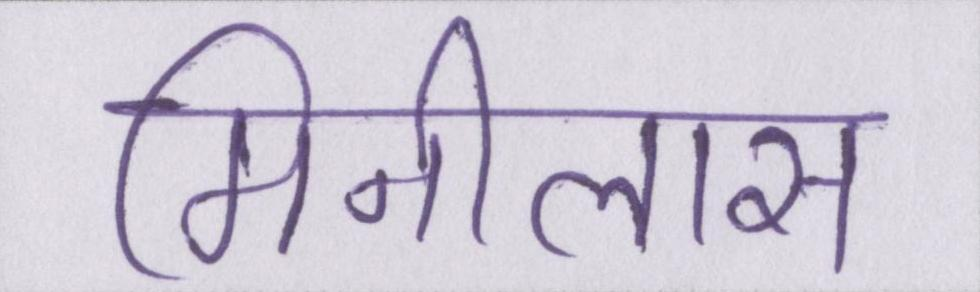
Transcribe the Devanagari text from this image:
मिनीलास